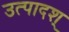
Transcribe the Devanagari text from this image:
उत्पादश्